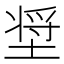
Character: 𰊈